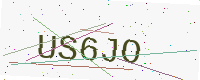
Text: US6JO